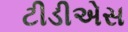
ટીડીએસ